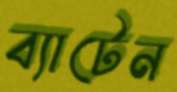
ব্যাটেন